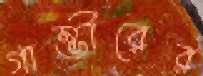
গাম্ভীরের